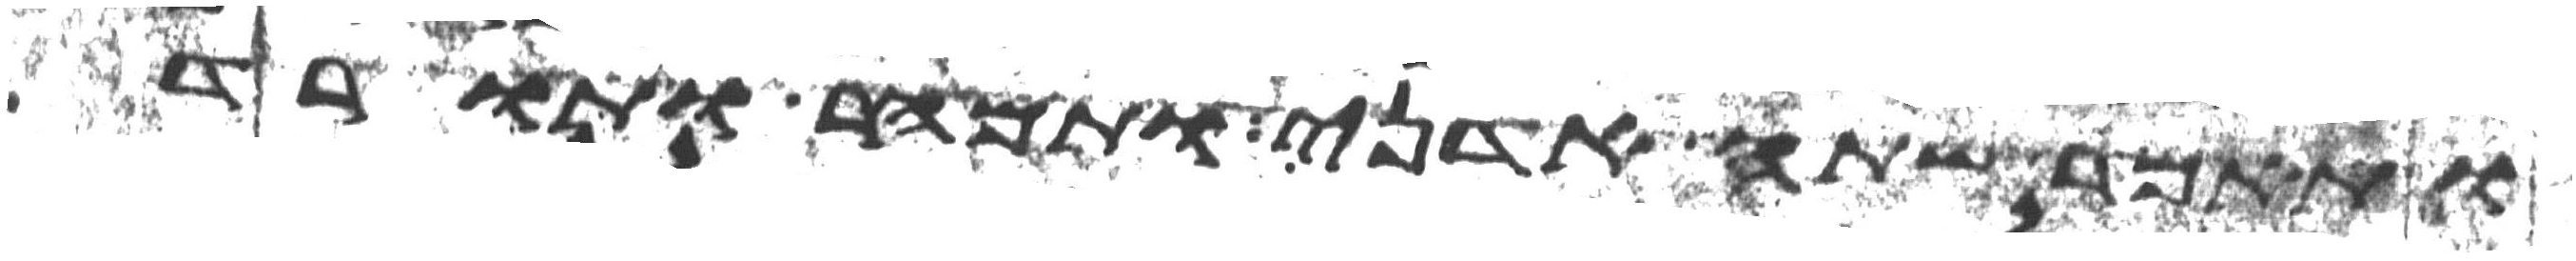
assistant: ותאמר שתה אדני ותמהר ותורד